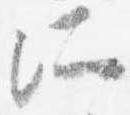
所